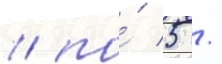
/ по́ 5 /